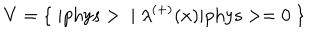
V = \{ \; | \mathrm { p h y s } > \; | \; { \lambda } ^ { ( + ) } ( x ) | \mathrm { p h y s } > = 0 \; \}